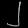
Digit: ၂